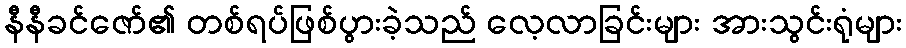
နီနီခင်ဇော်၏ တစ်ရပ်ဖြစ်ပွားခဲ့သည် လေ့လာခြင်းများ အားသွင်းရုံများ